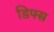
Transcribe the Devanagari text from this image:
डिफ्स